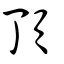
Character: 頂